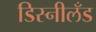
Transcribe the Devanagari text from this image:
डिस्नीलँड